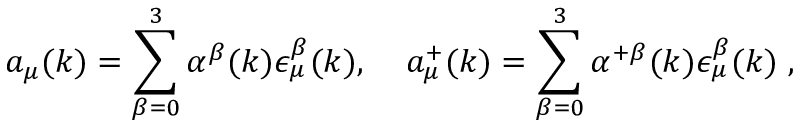
a _ { \mu } ( k ) = \sum _ { \beta = 0 } ^ { 3 } \alpha ^ { \beta } ( k ) \epsilon _ { \mu } ^ { \beta } ( k ) , \; \; \; \; a _ { \mu } ^ { + } ( k ) = \sum _ { \beta = 0 } ^ { 3 } \alpha ^ { + \beta } ( k ) \epsilon _ { \mu } ^ { \beta } ( k ) \; ,